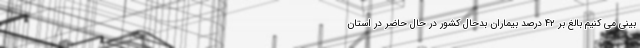
بینی می کنیم بالغ بر ۴۲ درصد بیماران بدحال کشور در حال حاضر در استان